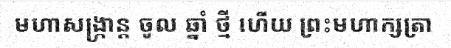
មហាសង្ក្រាន្ត ចូល ឆ្នាំ ថ្មី ហើយ ព្រះមហាក្សត្រា